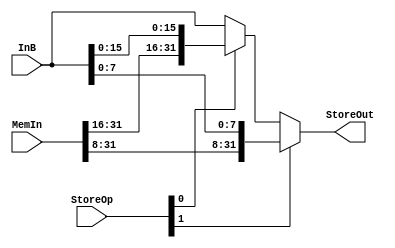
module Store(StoreOp, InB, MemIn, StoreOut);

	input [1:0] StoreOp;
	input [31:0] InB;
	input [31:0] MemIn;

	output [31:0] StoreOut;

	assign StoreOut = StoreOp[1] ? {MemIn[31:8], InB[7:0]} : (StoreOp[0] ? {MemIn[31:16], InB[15:0]} : InB);


endmodule